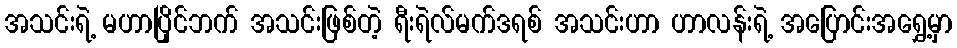
အသင်းရဲ့ မဟာပြိုင်ဘက် အသင်းဖြစ်တဲ့ ရီးရဲလ်မက်ဒရစ် အသင်းဟာ ဟာလန်းရဲ့ အပြောင်းအရွှေ့မှာ